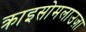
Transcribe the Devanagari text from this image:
क्राइसोमलाउज़ा